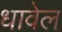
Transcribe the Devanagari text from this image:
धावेल